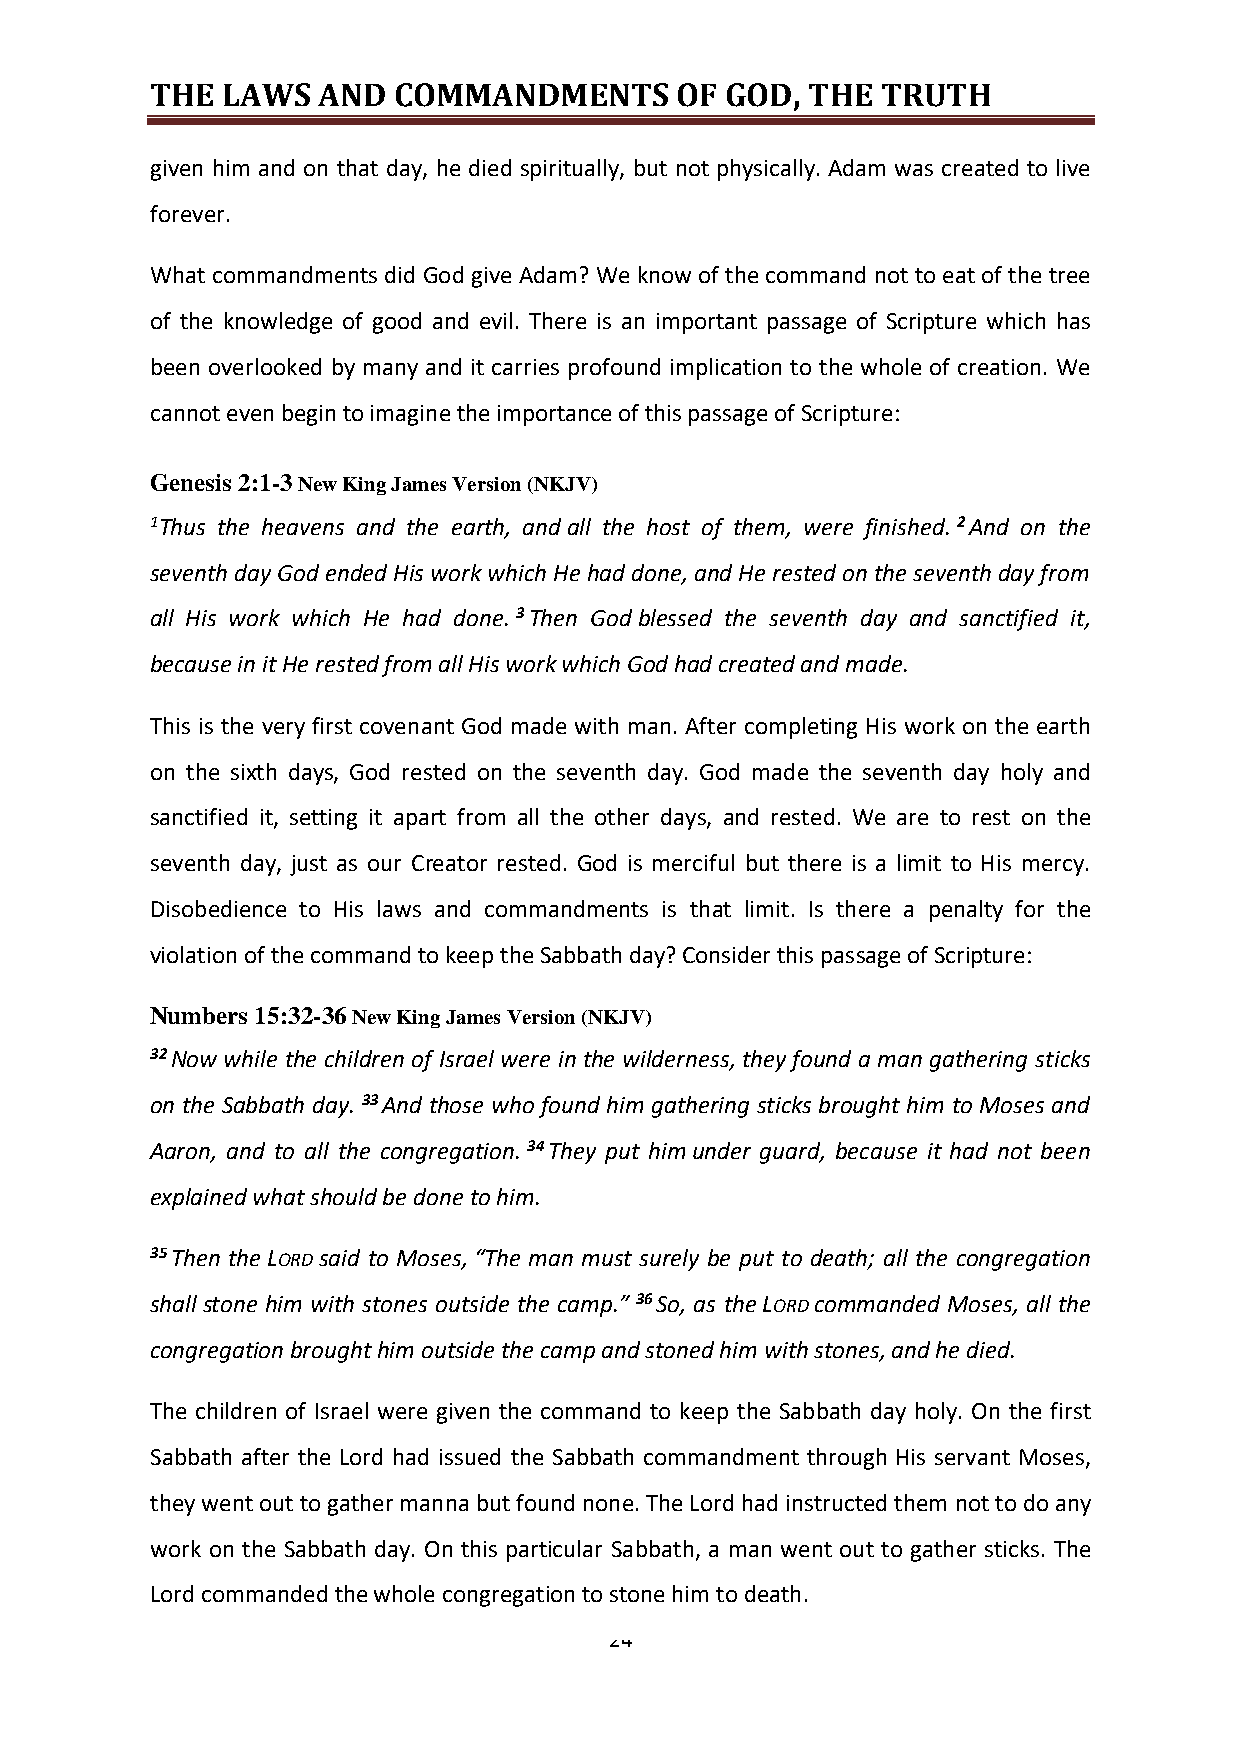
THE  LAWS  AND  COMMANDMENTS       OF GOD, THE  TRUTH
 given him and on that day, he died spiritually, but not physically. Adam was created to live
 forever.
 What commandments did God give Adam? We know of the command not to eat of the tree
 of the knowledge of good and evil. There is an important passage of Scripture which has
 been overlooked by many and it carries profound implication to the whole of creation. We
 cannot even begin to imagine the importance of this passage of Scripture:
 Genesis 2:1-3 New King James Version (NKJV)
 1Thus the heavens and the earth, and all the host of them, were finished. 2 And on the
 seventh day God ended His work which He had done, and He rested on the seventh day from
 all His work which He had done. 3 Then God blessed the seventh day and sanctified it,
 because in it He rested from all His work which God had created and made.
 This is the very first covenant God made with man. After completing His work on the earth
 on the sixth days, God rested on the seventh day. God made the seventh day holy and
 sanctified it, setting it apart from all the other days, and rested. We are to rest on the
 seventh day, just as our Creator rested. God is merciful but there is a limit to His mercy.
 Disobedience to His laws and commandments is that limit. Is there a penalty for the
 violation of the command to keep the Sabbath day? Consider this passage of Scripture:
 Numbers 15:32-36 New King James Version (NKJV)
 32 Now while the children of Israel were in the wilderness, they found a man gathering sticks
 on the Sabbath day. 33 And those who found him gathering sticks brought him to Moses and
 Aaron, and to all the congregation. 34 They put him under guard, because it had not been
 explained what should be done to him.
 35 Then the LORD said to Moses, “The man must surely be put to death; all the congregation
 shall stone him with stones outside the camp.” 36 So, as the LORD commanded Moses, all the
 congregation brought him outside the camp and stoned him with stones, and he died.
 The children of Israel were given the command to keep the Sabbath day holy. On the first
 Sabbath after the Lord had issued the Sabbath commandment through His servant Moses,
 they went out to gather manna but found none. The Lord had instructed them not to do any
 work on the Sabbath day. On this particular Sabbath, a man went out to gather sticks. The
 Lord commanded the whole congregation to stone him to death.
 24